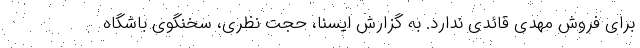
برای فروش مهدی قائدی ندارد. به گزارش ایسنا، حجت نظری، سخنگوی باشگاه